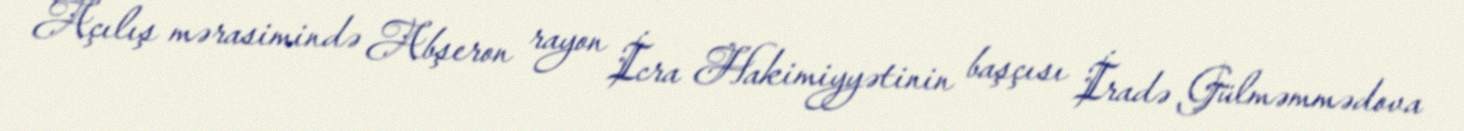
Açılış mərasimində Abşeron rayon İcra Hakimiyyətinin başçısı İradə Gülməmmədova